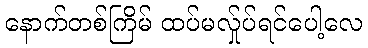
နောက်တစ်ကြိမ် ထပ်မလ်ှုပ်ရင်ပေါ့လေ